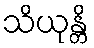
သိယုန္တိ